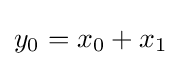
y_{0}=x_{0}+x_{1}